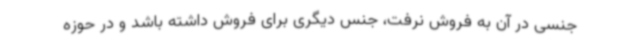
جنسی در آن به فروش نرفت، جنس دیگری برای فروش داشته باشد و در حوزه